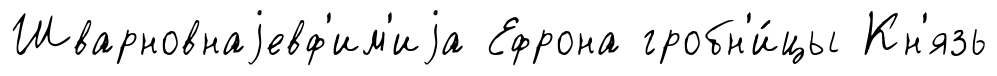
Шварновнаjевф'им'иjа Ефрона гробн'и́цы Кн'язь